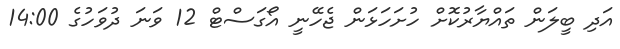
އަދި ބީލަން ތައްޔާރުކޮށް ހުށަހަޅަން ޖެހޭނީ އޯގަސްޓް 12 ވަނަ ދުވަހުގެ 14:00